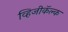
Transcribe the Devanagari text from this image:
व्हिजीकॅल्क